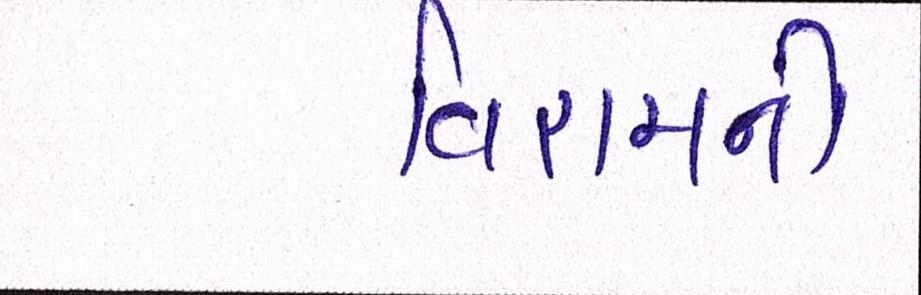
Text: વિરામની